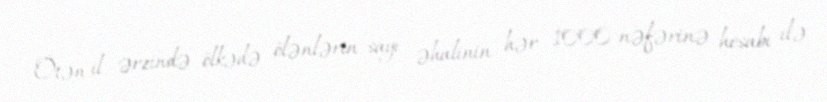
Ötən il ərzində ölkədə ölənlərin sayı əhalinin hər 1000 nəfərinə hesabı ilə